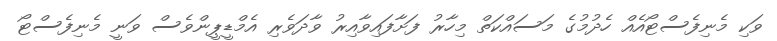
ވަކި މެނިފެސްޓޯއެެއް ހެދުމުގެ މަސައްކަތް މިހާރު ފަށާފައިވާއިރު ވާދަވެރި އެމްޑީޕީންވެސް ވަނީ މެނިފެސްޓޯ